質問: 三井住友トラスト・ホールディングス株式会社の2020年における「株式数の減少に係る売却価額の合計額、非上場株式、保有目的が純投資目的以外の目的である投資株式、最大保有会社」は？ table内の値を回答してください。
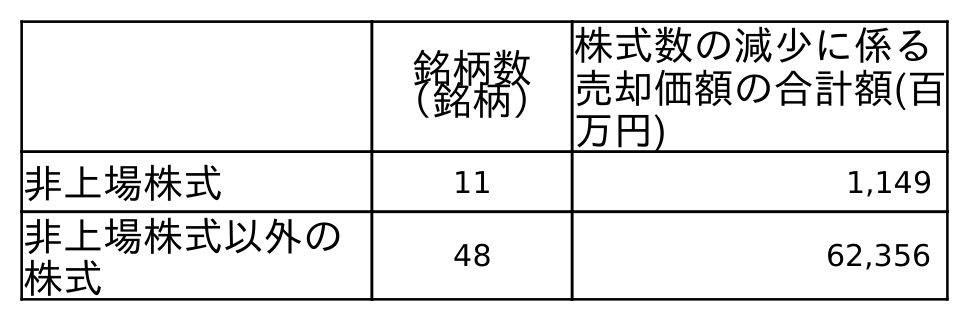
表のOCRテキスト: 銘柄数 （銘柄） 株式数の減少に係る 売却価額の合計額(百 万円) 非上場株式 11 1,149 非上場株式以外の 株式 48 62,356
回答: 1,149